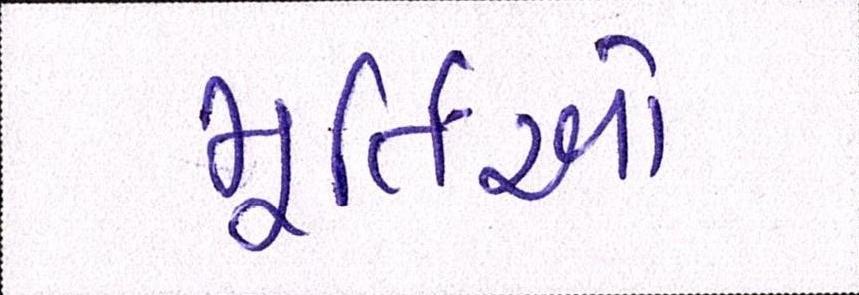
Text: મૂર્તિઓ